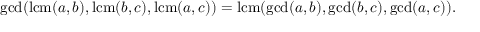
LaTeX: \operatorname* { g c d } ( \operatorname { l c m } ( a , b ) , \operatorname { l c m } ( b , c ) , \operatorname { l c m } ( a , c ) ) = \operatorname { l c m } ( \operatorname* { g c d } ( a , b ) , \operatorname* { g c d } ( b , c ) , \operatorname* { g c d } ( a , c ) ) .